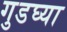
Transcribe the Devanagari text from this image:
गुडघ्या